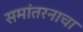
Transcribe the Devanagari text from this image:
समांतरनाचा